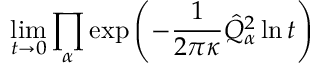
\operatorname * { l i m } _ { t \rightarrow 0 } \prod _ { \alpha } \exp \left( - \frac { 1 } { 2 \pi \kappa } \hat { Q } _ { \alpha } ^ { 2 } \ln t \right)